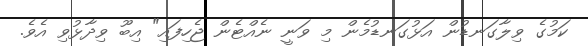
ކަމުގެ ވިލާގަނޑުން އަޅުގަނޑުމެން މި ވަނީ ނެއްޓެން ޖެހިފައި" އިބޫ ވިދާޅުވި އެވެ.